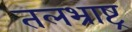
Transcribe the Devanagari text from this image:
तलभ्राष्ट्र